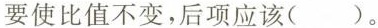
要使比值不变，后项应该()。